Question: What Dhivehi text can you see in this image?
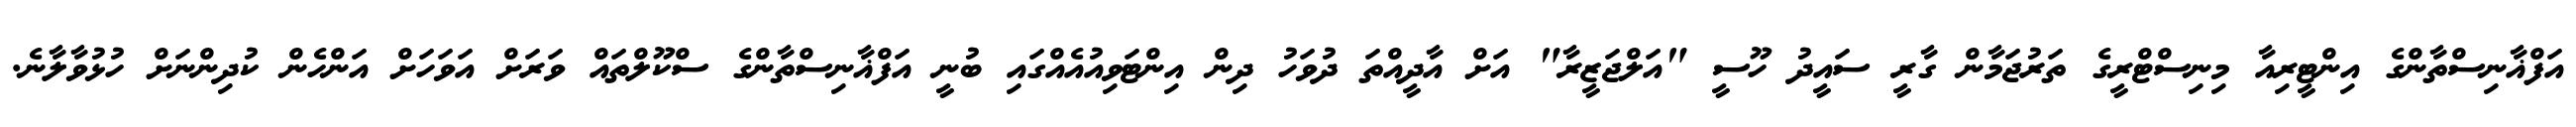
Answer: އަފްޣާނިސްތާންގެ އިންޓީރިއާ މިނިސްޓްރީގެ ތަރުޖަމާން ގާރީ ސައީދު ހޫސީ "އަލްޖަޒީރާ" އަށް އާދީއްތަ ދުވަހު ދިން އިންޓަވިއުއެއްގައި ބުނީ އަފްޣާނިސްތާންގެ ސްކޫލްތައް ވަރަށް އަވަހަށް އަންހެން ކުދިންނަށް ހުޅުވާލާނެ.